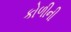
કોળીની